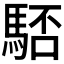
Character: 𩣚